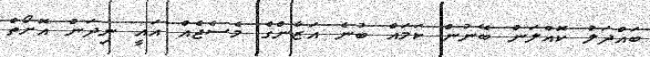
ބައްދަލު ކޮއްލަން ބޭނުން ކަމައް ބުނެ އަޒާންގެ މެސެޖެއް އައީ ނިދަން އޮށޯތް